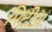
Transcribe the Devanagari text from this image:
मिटीअ